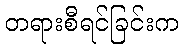
တရားစီရင်ခြင်းက